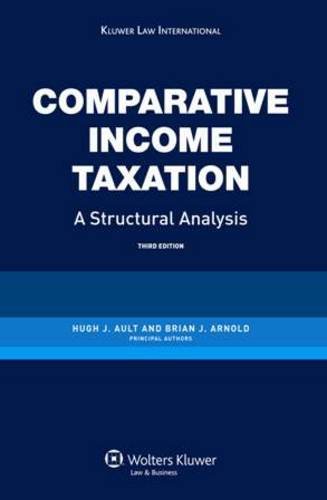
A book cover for Comparative Income Taxation, A Structural Analysis, 3rd Edition Revised; Hugh J. Ault; Law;